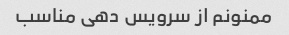
ممنونم از سرویس دهی مناسب